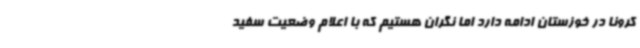
کرونا در خوزستان ادامه دارد اما نگران هستیم که با اعلام وضعیت سفید